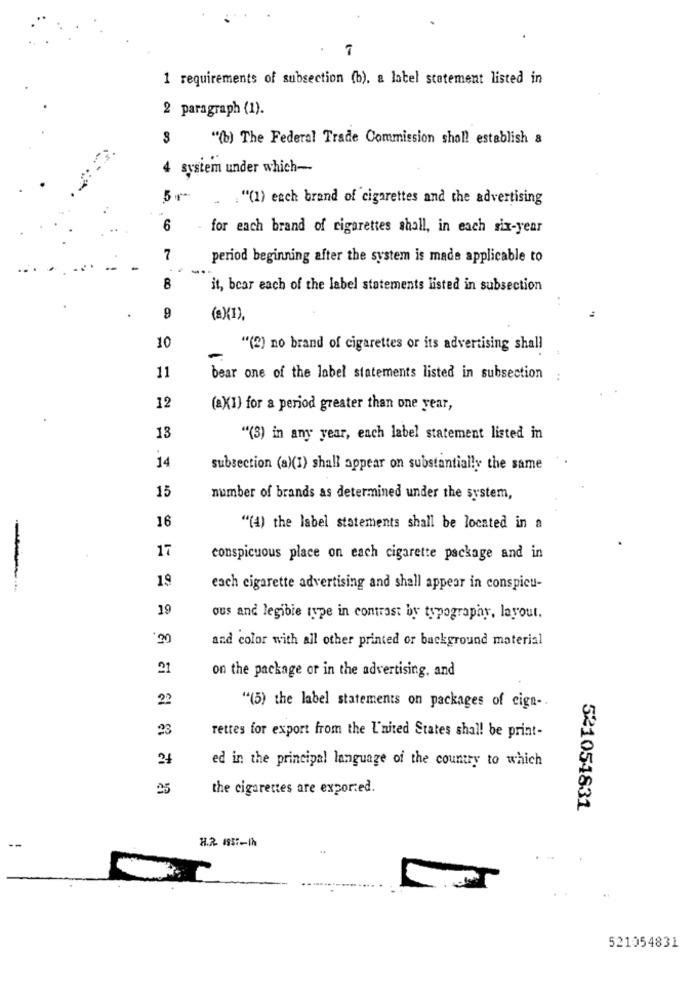
1 requirements of subsection (b). a latel statement listed in
2 paragraph (1).
"(b) The Federal Trade Commission shall establish a
4 system under which --
5 r
.. . "(1) each brand of cigarettes and the advertising
6
for each brand of cigarettes shall, in each six-year
7
period beginning after the system is made applicable to
8
it, bear each of the label statements listed in subsection
9
(aX1),
10
"(2) no brand of cigarettes or its advertising shall
11
bear one of the label statements listed in subsection
12
(a)(1) for a period greater than one year,
13
"(3) in any year, each label statement listed in
14
subsection (a)(1) shall appear on substantially the same
15
number of brands as determined under the system,
16
"(4) the label statements shall be located in a
17
conspicuous place on each cigarette package and in
19
each cigarette advertising and shall appear in conspicu-
19
ous and legible type in contrast by typography, layout.
20
and color with all other printed or background material
21
on the package or in the advertising, and
22
"(5) the label statements on packages of cign -.
23
rettes for export from the L'nited States shall be print-
ed in the principal language of the country to which
25
the cigarettes are exported.
521054831
H.R. 1957-1h
521054831